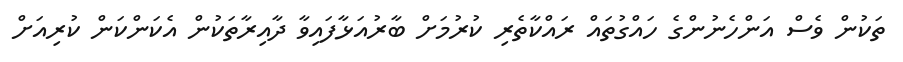
ތަކުން ވެސް އަންހެނުންގެ ހައްގުތައް ރައްކާތެރި ކުރުމަށް ބާރުއަޅާފައިވާ ދާއިރާތަކުން އެކަންކަން ކުރިއަށް